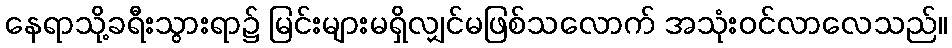
နေရာသို့ခရီးသွားရာ၌ မြင်းများမရှိလျှင်မဖြစ်သလောက် အသုံးဝင်လာလေသည်။